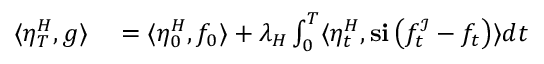
\begin{array} { r l } { \langle \eta _ { T } ^ { H } , g \rangle } & { { } = \langle \eta _ { 0 } ^ { H } , f _ { 0 } \rangle + \lambda _ { H } \int _ { 0 } ^ { T } \langle \eta _ { t } ^ { H } , \mathbf { s } \mathbf { i } \left( f _ { t } ^ { \mathcal { I } } - f _ { t } \right) \rangle d t } \end{array}